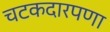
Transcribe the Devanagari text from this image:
चटकदारपणा